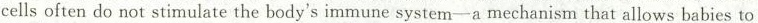
cells often do not stimulate the body's immune system-a mechanism that allows babies to